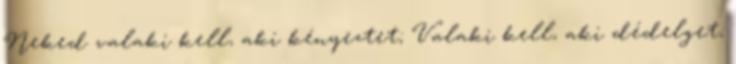
Neked valaki kell, aki kényeztet; Valaki kell, aki dédelget;